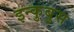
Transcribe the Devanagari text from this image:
इन्कुबुस